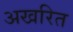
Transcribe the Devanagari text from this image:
अखरित